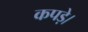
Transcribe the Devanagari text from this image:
कपड़े।